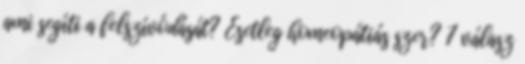
ami segíti a felszívódását? Esetleg homeopátiás szer? 7 válasz